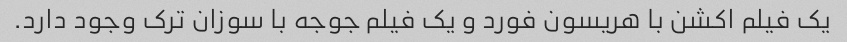
یک فیلم اکشن با هریسون فورد و یک فیلم جوجه با سوزان ترک وجود دارد.